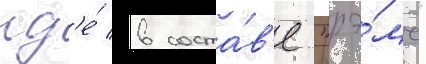
гд'е́ в соста́в'е "рэ́мс"